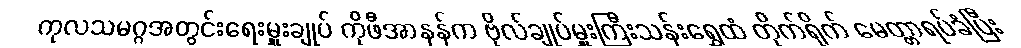
ကုလသမဂ္ဂအတွင်းရေးမှူးချုပ် ကိုဖီအာနန်က ဗိုလ်ချုပ်မှူးကြီးသန်းရွှေထံ တိုက်ရိုက် မေတ္တာရပ်ခံပြီး